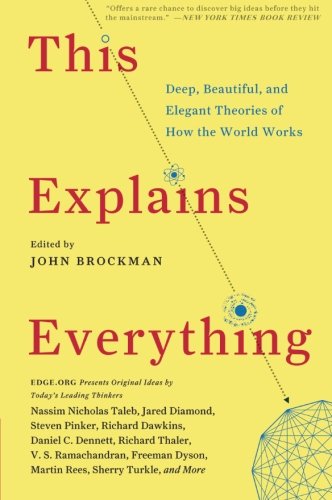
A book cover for This Explains Everything: Deep, Beautiful, and Elegant Theories of How the World Works (Edge Question Series); John Brockman; Science & Math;